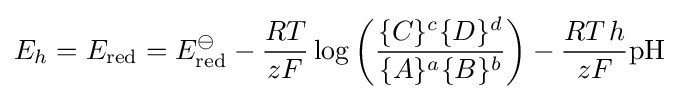
E_{h}=E_{\text{red}}=E_{\text{red}}^{\ominus }-{\frac {RT}{zF}}\log \left({\frac {\{C\}^{c}\{D\}^{d}}{\{A\}^{a}\{B\}^{b}}}\right)-{\frac {RT\,h}{zF}}{\text{pH}}